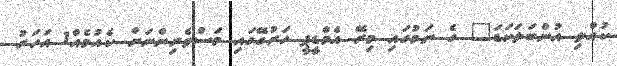
ކުއްލި އުންބަލަކަޑަ" ގެ ނަމުގައި މިރޭ އެމްޑީޕީ ހަރުގޭގައި މަސްވެރިންނަށް ކެއުމެއް1 އަހަރު